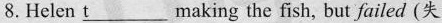
8.Helen \underline{t} making the fish, but failed (失